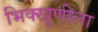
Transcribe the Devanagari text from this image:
भिक्खूणीला